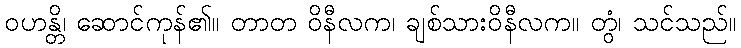
ဝဟန္တိ၊ ဆောင်ကုန်၏။ တာတ ဝိနီလက၊ ချစ်သားဝိနီလက။ တွံ၊ သင်သည်။